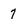
Character: 7